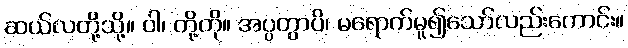
ဆယ်လတို့သို့။ ဝါ၊ တို့ကို။ အပ္ပတွာပိ၊ မရောက်မူ၍သော်လည်းကောင်း။